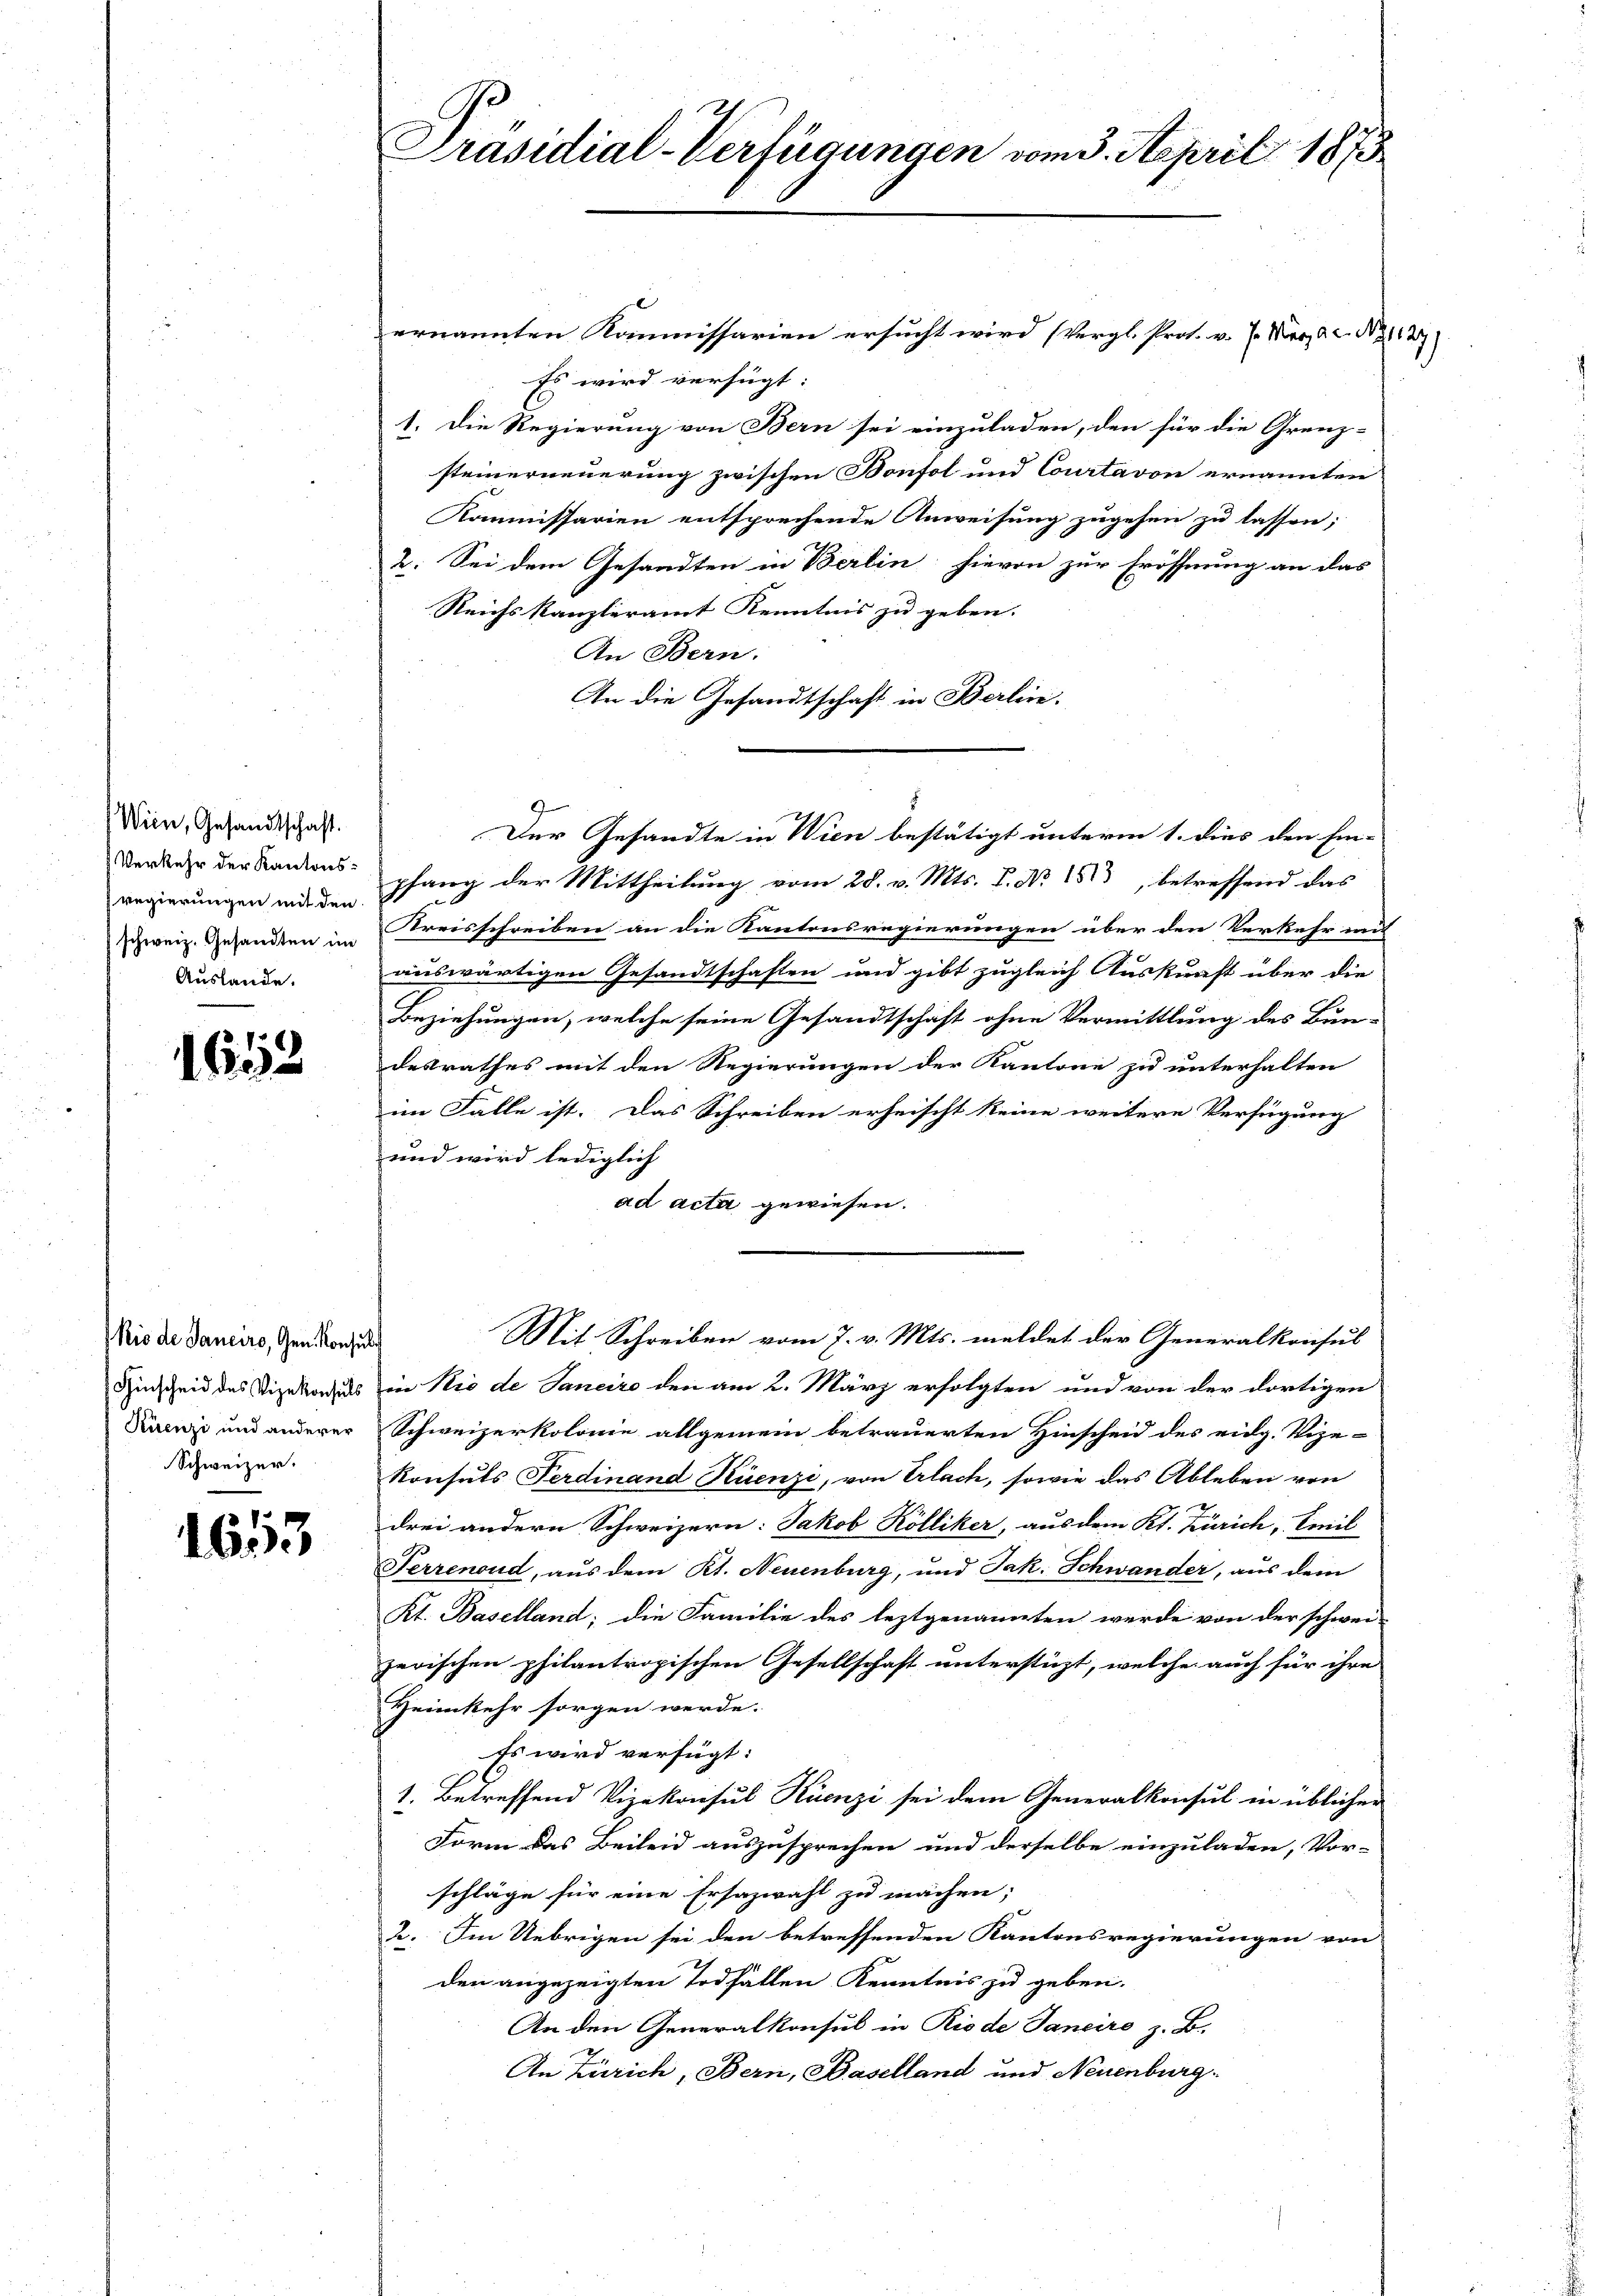
Wien, Gesandtschaft.
Verkehr der Kantonsregierungen mit den
schweiz. Gesandten im
Auslande.

1652

io de Sanciro, Gen. Konsul
Hinscheid des Vizekonsuls
Kuenzi und anderer
Schweizer.

1653

Präsidial-Verfügungen vom 3. April 1873

ernannten Kommissarien ersucht wird (Vergl. Prot. v. 7. März a.c. No 1127)
Es wird verfügt:
1. Die Regierung von Bern sei einzuladen, den für die Grenz-
steinerneuerung zwischen Bonfol und Courtavon ernannten
Kommissarien entsprechende Anweisung zugehen zu lassen;
2. Sei dem Gesandten in Berlin hievon zur Eröffnung an das
Reichskanzleramt Kenntnis zu geben. |
An Bern.
An die Gesandtschaft in Berlin.
pfang der Mittheilung vom 28. v. Mts. f. No 153, betreffend das
Kreisschreiben an die Kantonsregierungen über den Verkehr mit
auswärtigen Gesandtschaften und gibt zugleich Auskunft über die
Beziehungen, welche seine Gesandtschaft ohne Vermittlung des Bun-
desrathes mit den Regierungen der Kantone zu unterhalten
im Falle ist. Das Schreiben erheischt keine weitere Verfügung
und wird lediglich
ad acta gewiesen.
Mit Schreiben vom 7. v. Mts. meldet der Generalkonsul
in Rio de Janeiro den am 2. März erfolgten und von der dortigen
Schweizerkolonie allgemein betrauerten Hinscheid des eidg. Vize-
Konsuls Ferdinand Küenzi, von Erlach, sowie das Ableben von
drei andern Schweizern: Jakob Kölliker, aus dem Kt. Zürich, Creil
Ferrenoud, aus dem Kt. Neuenburg, und Jak. Schwander, aus dem
Kt. Baselland; die Familie des leztgenannten werde von der schwei-
jerischen philantropischen Gesellschaft unterstüzt, welche auch für ihre
Heimkehr sorgen werde.
Es wird verfügt:
1. Betreffend Vizekonsul Kuenze sei dem Generalkonsul in üblicher
Form das Beileid auszusprechen und derselbe einzuladen, Vor-
schläge für eine Ersazwahl zu machen;
2. Im Uebrigen sei den betreffenden Kantonsregierungen von
den angezeigten Todfällen Kenntnis zu geben.
An den Generalkonsul in Riode Sancire z. B.
An Zürich, Bern, Baselland und Neuenburg.

Der Gesandte in Wien bestätigt unterm 1. dies den Ein-